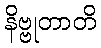
နိဗ္ဗုတာတိ